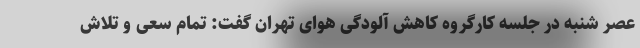
عصر شنبه در جلسه کارگروه کاهش آلودگی هوای تهران گفت: تمام سعی و تلاش